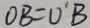
O B = O ^ { \prime } B